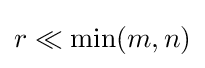
r\ll \min(m,n)